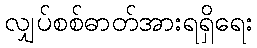
လျှပ်စစ်ဓာတ်အားရရှိရေး